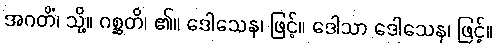
အဂတိံ၊ သို့။ ဂစ္ဆတိ၊ ၏။ ဒေါသေန၊ ဖြင့်။ ဒေါသာ ဒေါသေန၊ ဖြင့်။